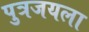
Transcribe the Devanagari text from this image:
पुत्रजयला